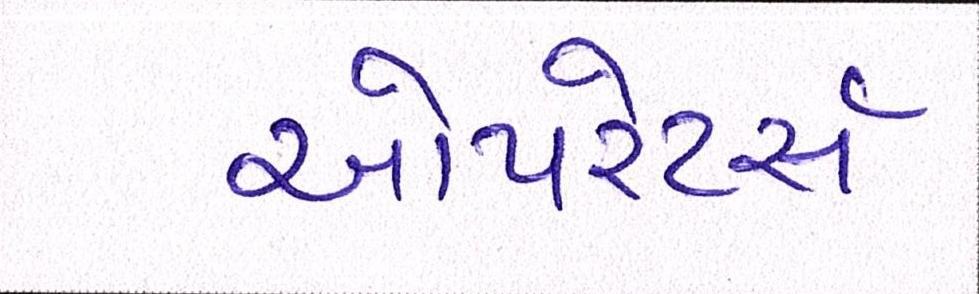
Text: ઓપરેટર્સ